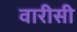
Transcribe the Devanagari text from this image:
वारीसी